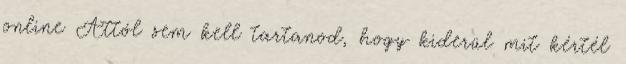
online Attól sem kell tartanod, hogy kiderül mit kértél